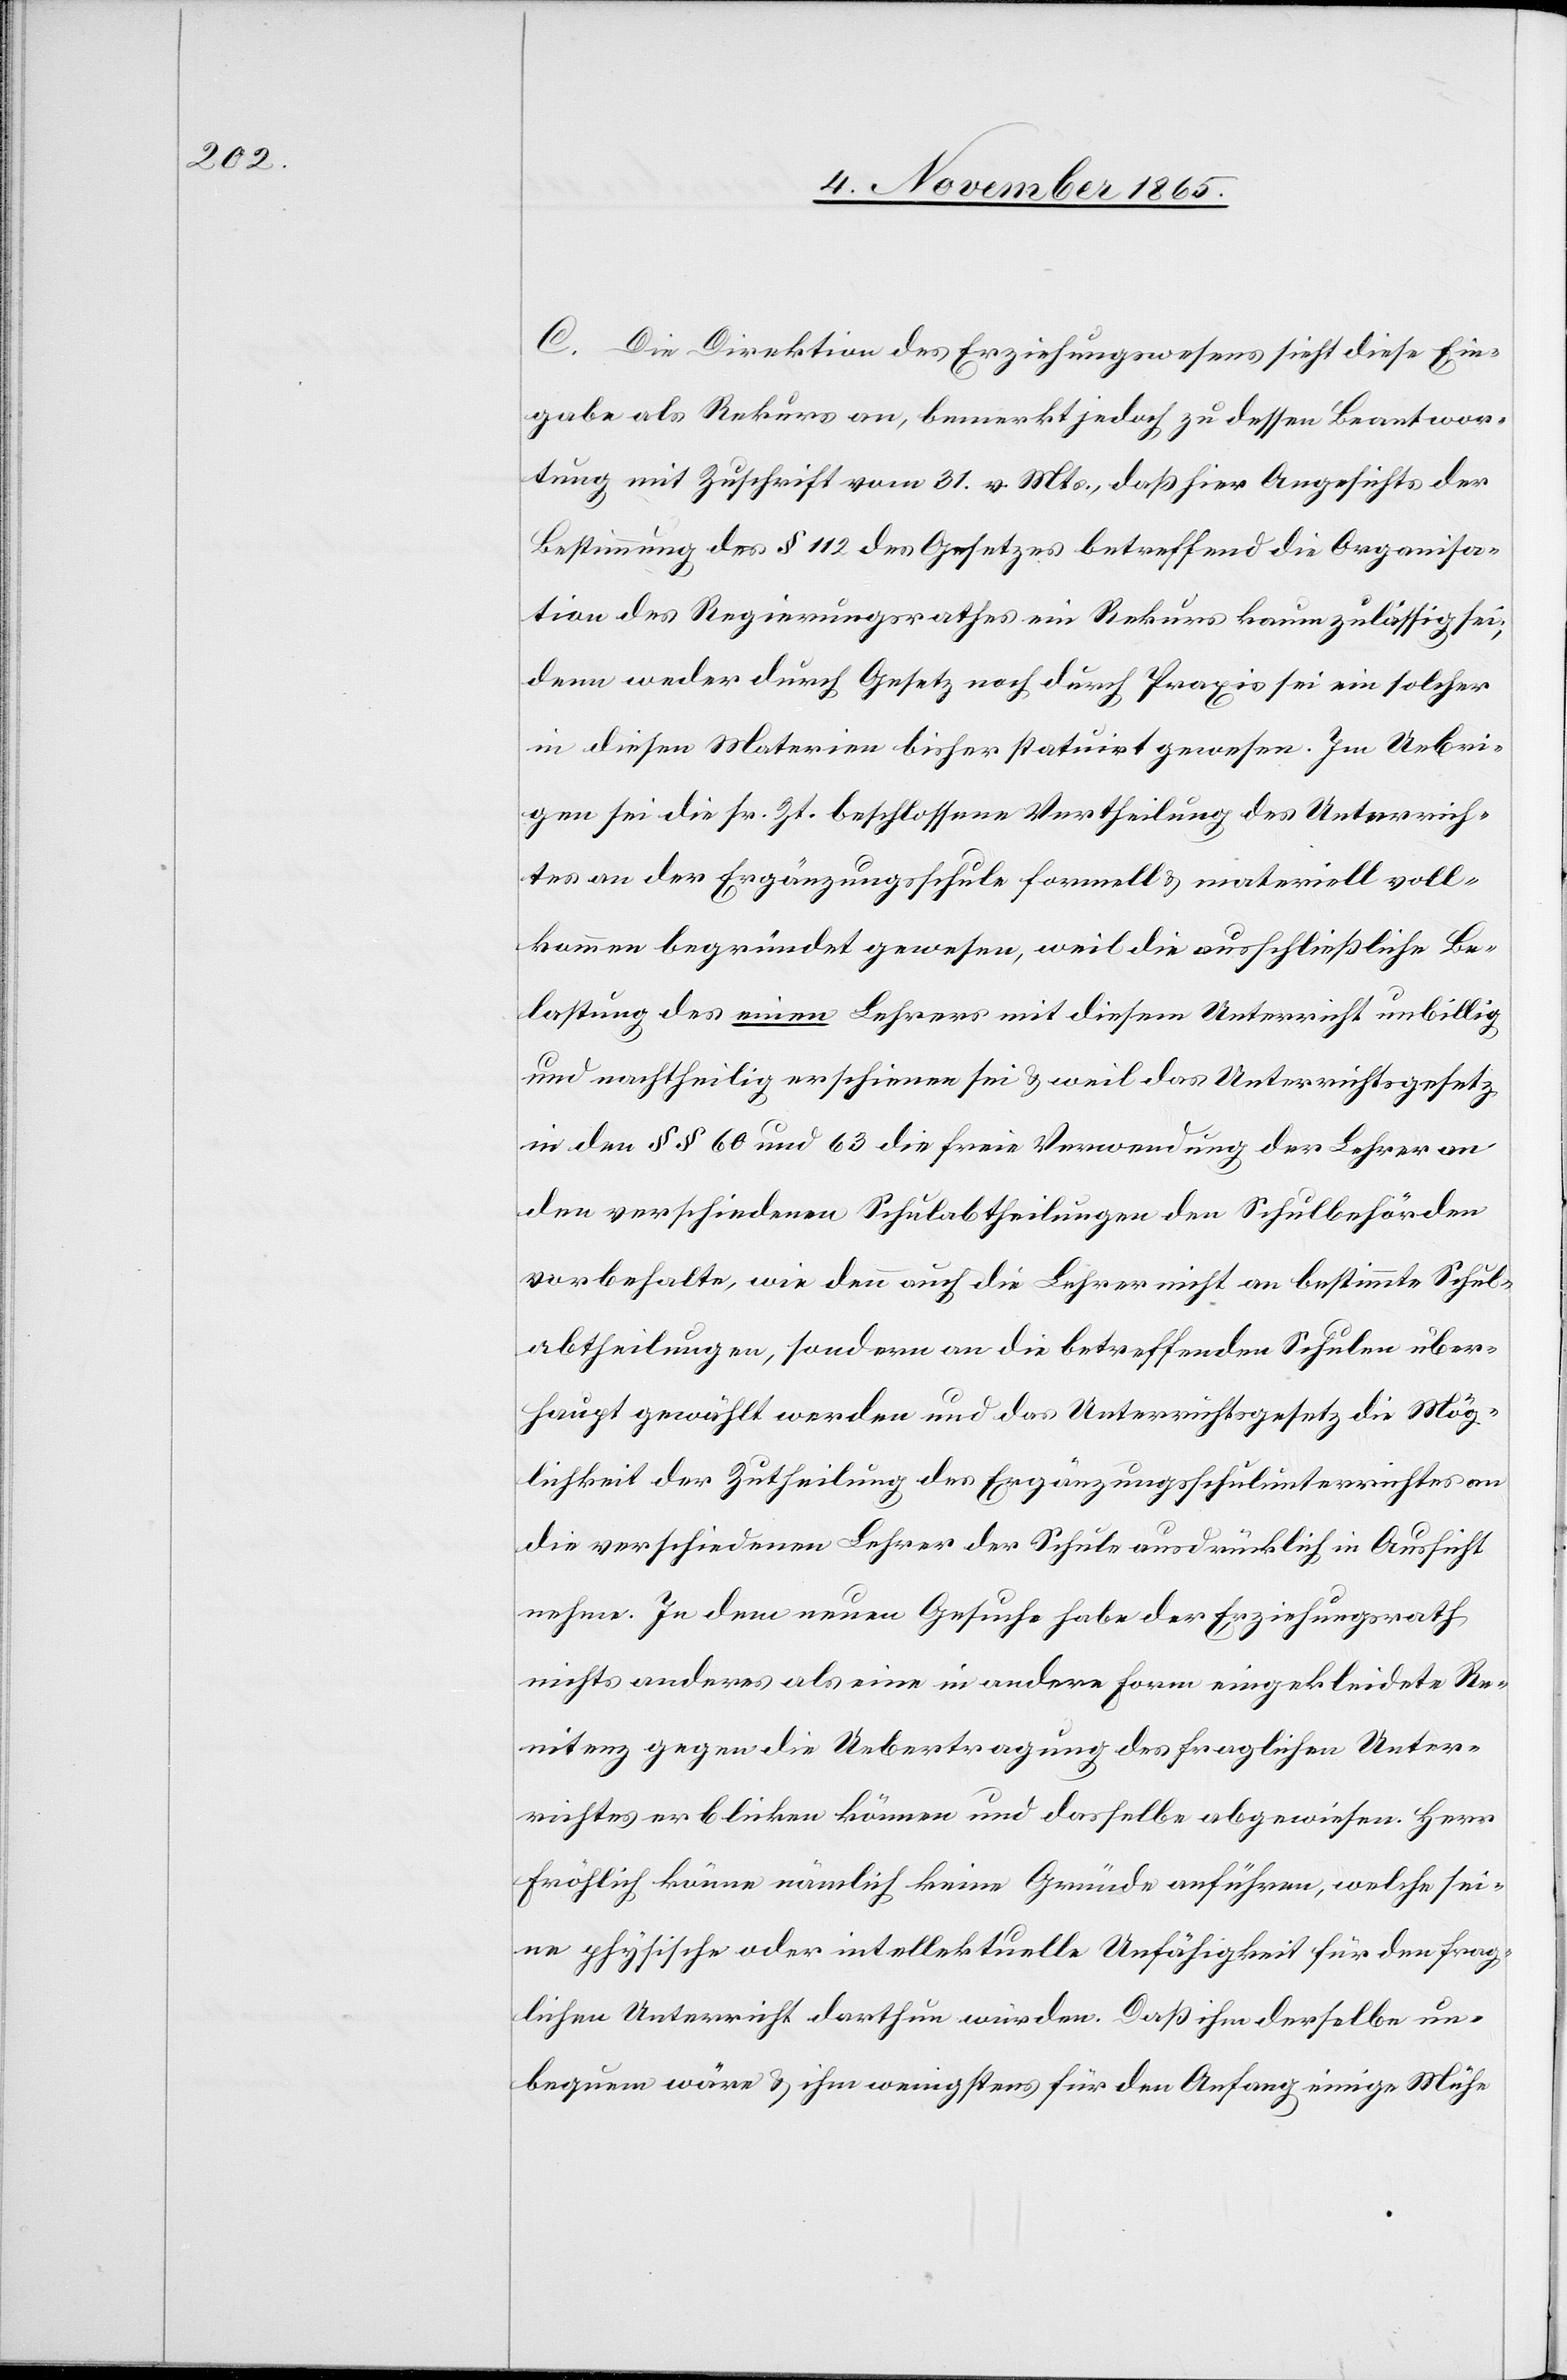
C. Die Direktion des Erziehungswesens sieht diese Ein¬
gabe als Rekurs an, bemerkt jedoch zu dessen Beantwor¬
tung mit Zuschrift vom 31. v. Mts., daß hier Angesichts der
Bestimmung des § 112 des Gesetzes betreffend die Organisa¬
tion des Regierungsrathes ein Rekurs kaum zulässig sei;
denn weder durch Gesetz noch durch Praxis sei ein solcher
in diesen Materien bisher statuirt gewesen. Im Uebri¬
gen sei die sr. Zt. beschlossene Vertheilung des Unterrich¬
tes an der Ergänzungsschule formell & materiell voll¬
kommen begründet gewesen, weil die ausschließliche Be¬
lastung des einen Lehrers mit diesem Unterricht unbillig
und nachtheilig erschienen sei & weil das Unterrichtsgesetz
in den §§ 60 und 63 die freie Verwendung der Lehrer an
den verschiedenen Schulabtheilungen den Schulbehörden
vorbehalte, wie denn auch die Lehrer nicht an bestimmte Schul¬
abtheilungen, sondern an die betreffenden Schulen über¬
haupt gewählt werden und das Unterrichtsgesetz die Mög¬
lichkeit der Zutheilung des Ergänzungsschulunterrichtes an
die verschiedenen Lehrer der Schule ausdrücklich in Aussicht
nehme. In dem neuen Gesuche habe der Erziehungsrath
nichts anderes als eine in andere Form eingekleidete Re¬
nitenz gegen die Uebertragung des fraglichen Unter¬
richtes erblicken können und dasselbe abgewiesen. Herr
Fröhlich könne nämlich keine Gründe anführen, welche sei¬
ne physische oder intellektuelle Unfähigkeit für den frag¬
lichen Unterricht darthun würden. Daß ihm derselbe un¬
bequem wäre & ihm wenigstens für den Anfang einige Mühe